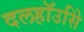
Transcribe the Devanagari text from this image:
दलहॉउसिे